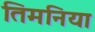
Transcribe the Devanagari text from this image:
तिमनिया